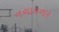
નચાવનાર